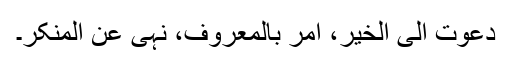
دعوت الی الخیر، امر بالمعروف، نہی عن المنکر۔